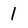
Character: 1